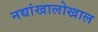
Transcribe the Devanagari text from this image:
नद्यांखालोखाल